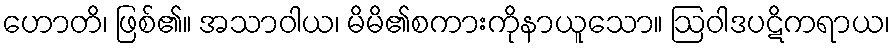
ဟောတိ၊ ဖြစ်၏။ အသာဝါယ၊ မိမိ၏စကားကိုနာယူသော။ ဩဝါဒပဋိကရာယ၊